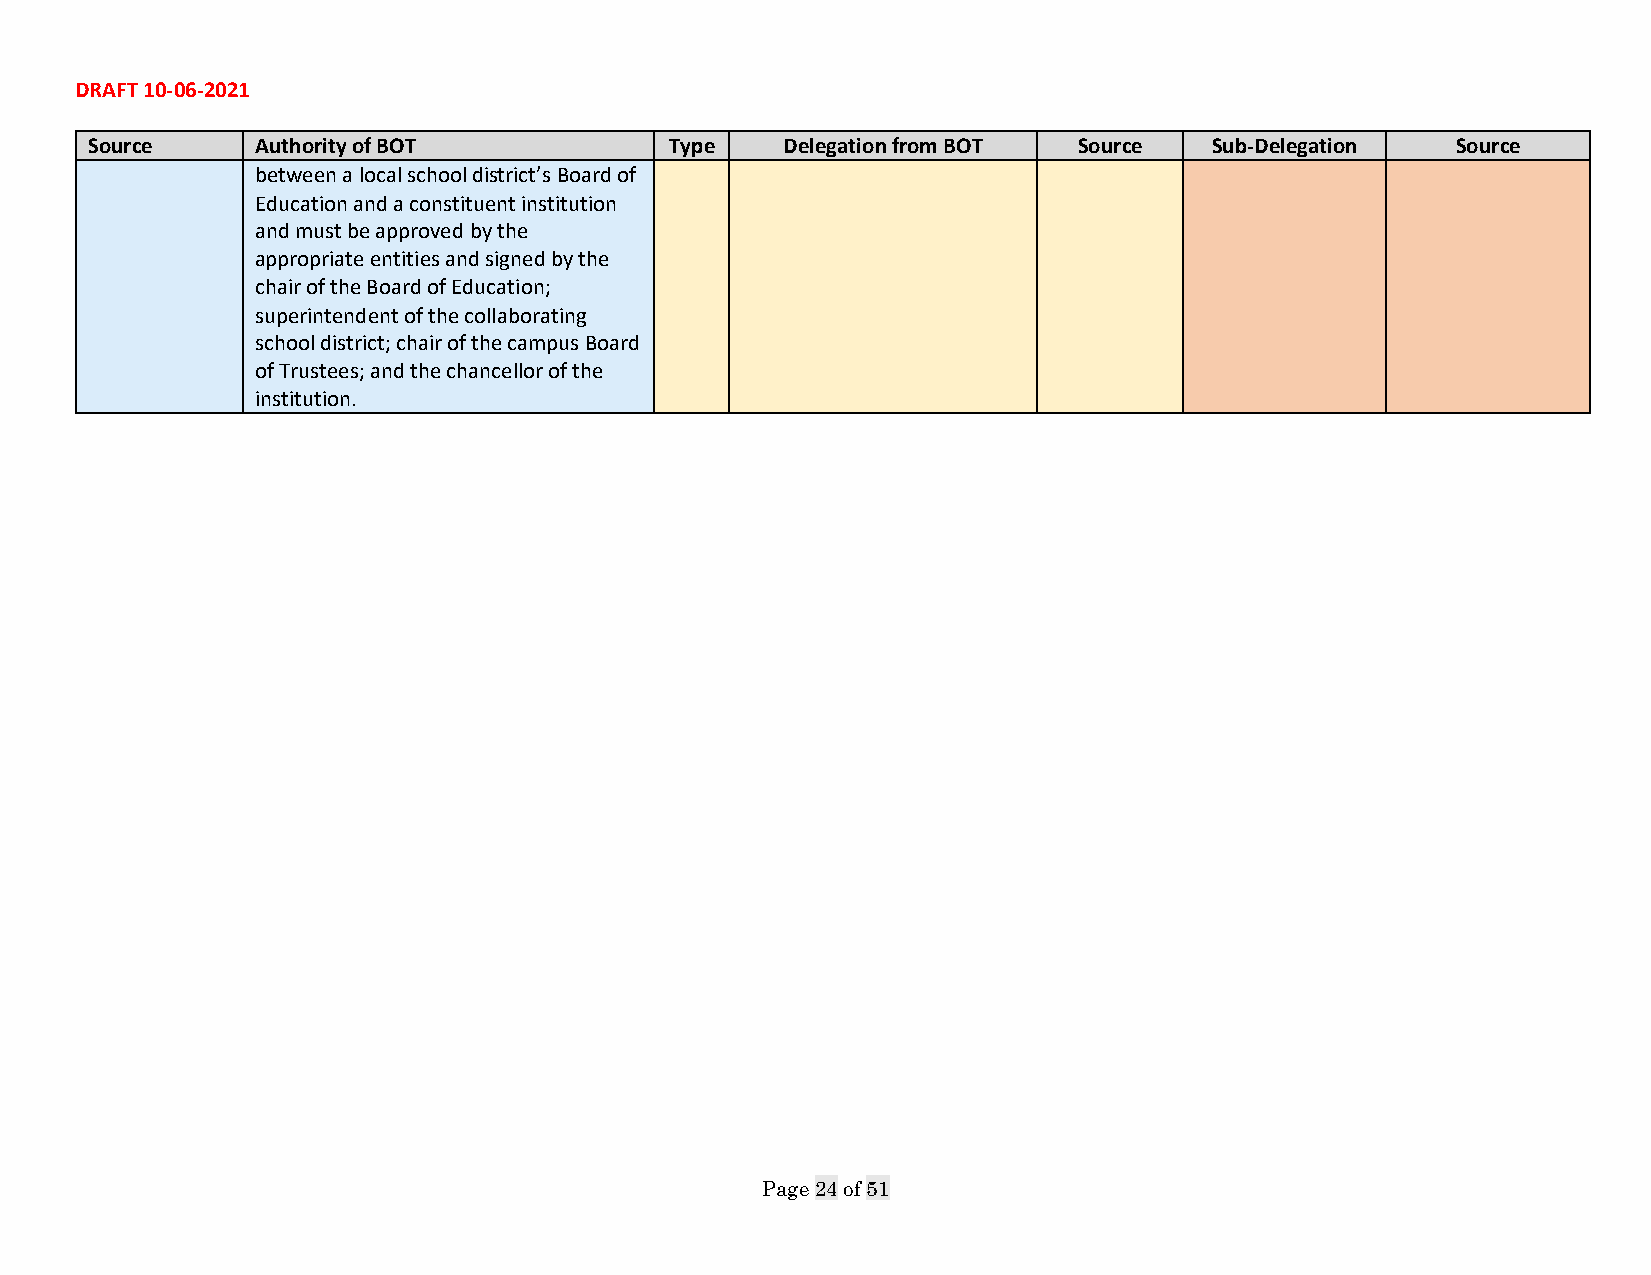
DRAFT 10-06-2021
 Source     Authority of BOT           Type    Delegation from BOT Source  Sub-Delegation  Source
 between a local school district’s Board of
 Education and a constituent institution
 and must be approved by the
 appropriate entities and signed by the
 chair of the Board of Education;
 superintendent of the collaborating
 school district; chair of the campus Board
 of Trustees; and the chancellor of the
 institution.
 Page 24 of 51